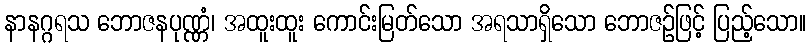
နာနဂ္ဂရသ ဘောဇနပုဏ္ဏံ၊ အထူးထူး ကောင်းမြတ်သော အရသာရှိသော ဘောဇဉ်ဖြင့် ပြည့်သော။